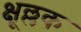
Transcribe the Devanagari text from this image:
क्षूल्लक